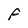
Character: F